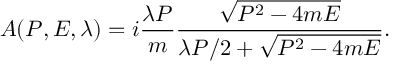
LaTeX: A ( P , E , \lambda ) = i { \frac { \lambda P } { m } } { \frac { \sqrt { P ^ { 2 } - 4 m E } } { { \lambda P / 2 } + \sqrt { P ^ { 2 } - 4 m E } } } .